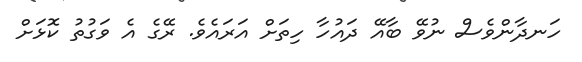
ހަނދާންވެސް ނުވޭ ބާއޭ ދައުހާ ހިތަށް އަރައެވެ. ރޭގެ އެ ވަގުތު ކޮޅަށް